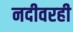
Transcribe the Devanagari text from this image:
नदीवरही